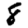
Digit: 8